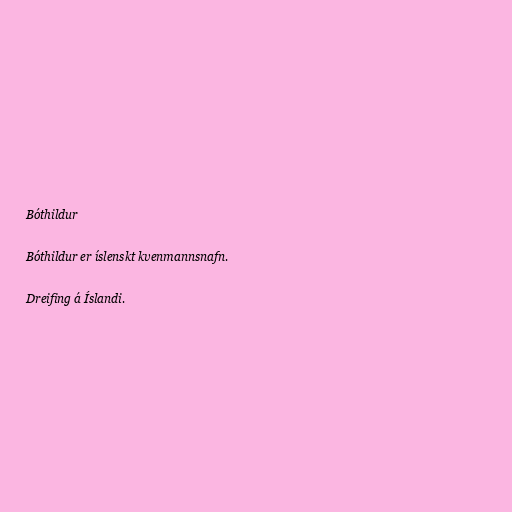
Bóthildur

Bóthildur er íslenskt kvenmannsnafn.

Dreifing á Íslandi.